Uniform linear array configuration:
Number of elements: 16
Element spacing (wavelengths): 0.75
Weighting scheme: exponential
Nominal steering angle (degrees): -45
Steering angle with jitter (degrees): -44.232
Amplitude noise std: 0.05
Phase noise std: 0.05

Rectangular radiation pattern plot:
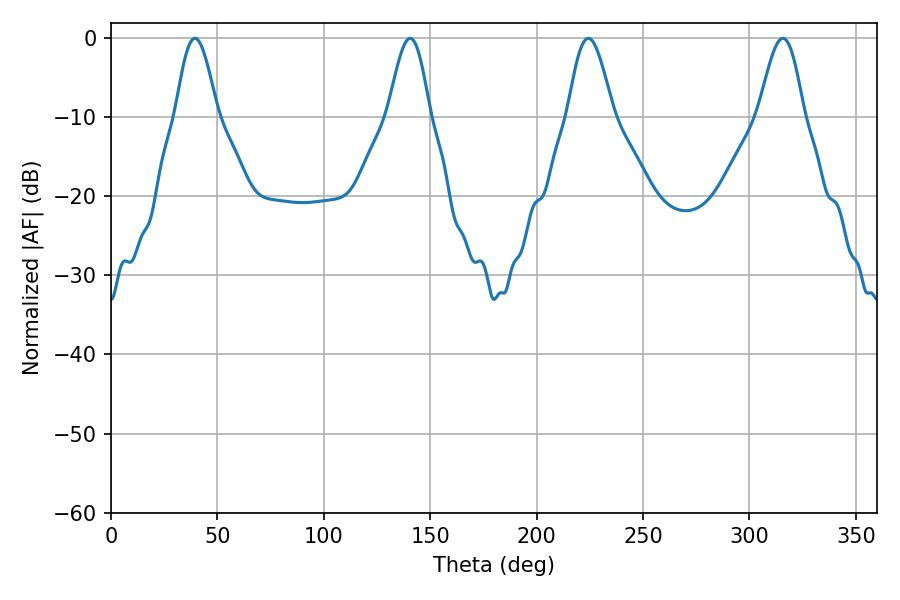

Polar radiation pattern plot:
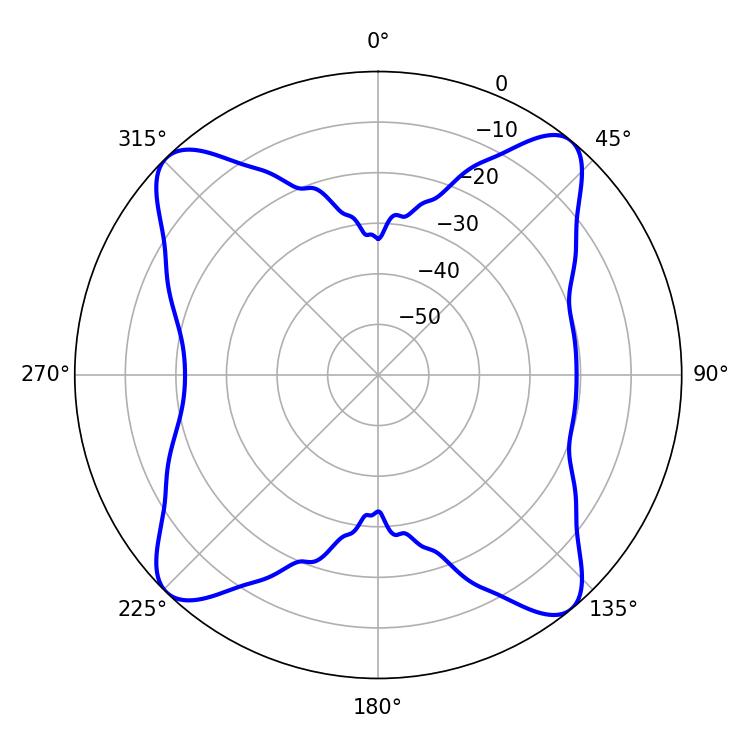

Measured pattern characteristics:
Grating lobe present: TRUE
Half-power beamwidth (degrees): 11.34
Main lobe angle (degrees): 224.28